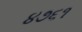
૪૭૬૧